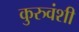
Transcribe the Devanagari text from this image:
कुरुवंशी